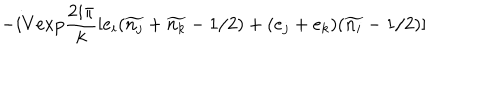
LaTeX: - i V \mathrm { e x p } \frac { 2 i \pi } { k } \left[ e _ { i } ( \widetilde { n _ { j } } + \widetilde { n _ { k } } - 1 / 2 ) + ( e _ { j } + e _ { k } ) ( \widetilde { n _ { i } } - 1 / 2 ) \right]